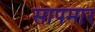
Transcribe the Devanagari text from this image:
सापमार